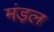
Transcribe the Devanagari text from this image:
मंड़ल